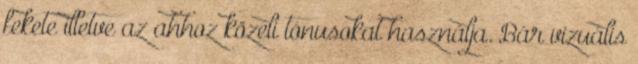
fekete illetve az ahhoz közeli tónusokat használja. Bár vizuális